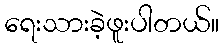
ရေးသားခဲ့ဖူးပါတယ်။